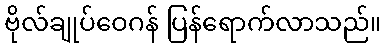
ဗိုလ်ချုပ်ဝေဂန် ပြန်ရောက်လာသည်။